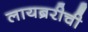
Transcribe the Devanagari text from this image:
लायब्ररीची